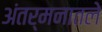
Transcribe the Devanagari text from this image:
अंतर्मनातले